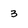
Character: 3